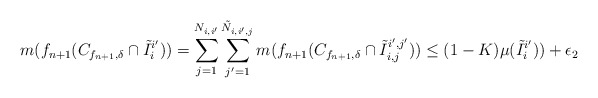
\begin{align*}m(f_{n+1}(C_{f_{n+1}, \delta} \cap \tilde I_i^{i'})) = \sum_{j=1}^{N_{i,i'}} \sum_{j' = 1}^{\tilde N_{i,i',j}}m(f_{n+1}(C_{f_{n+1}, \delta} \cap \tilde I_{i,j}^{i',j'}))\leq (1-K) \mu(\tilde I_i^{i'})) + \epsilon_2 \end{align*}